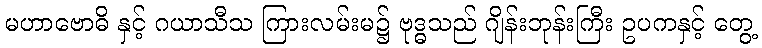
မဟာဗောဓိ နှင့် ဂယာသီသ ကြားလမ်းမ၌ ဗုဒ္ဓသည် ဂျိန်းဘုန်းကြီး ဥပကနှင့် တွေ့